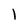
Character: I